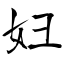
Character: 妇